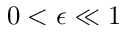
0 < \epsilon \ll 1